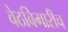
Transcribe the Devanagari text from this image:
वेठबिगारीच